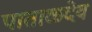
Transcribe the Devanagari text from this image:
पाताळदेव